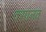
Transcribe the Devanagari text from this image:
क्सानव